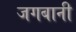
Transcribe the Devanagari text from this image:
जगबानी